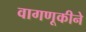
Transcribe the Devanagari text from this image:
वागणूकीने